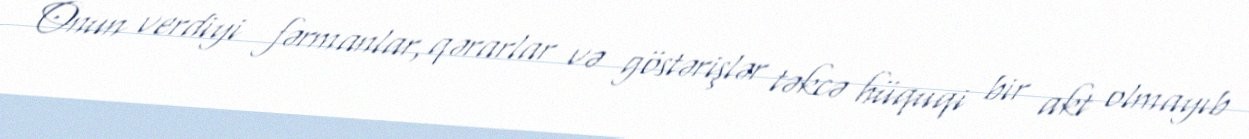
Onun verdiyi fərmanlar, qərarlar və göstərişlər təkcə hüquqi bir akt olmayıb